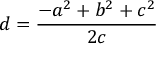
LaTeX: d = { \frac { - a ^ { 2 } + b ^ { 2 } + c ^ { 2 } } { 2 c } }